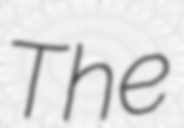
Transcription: The